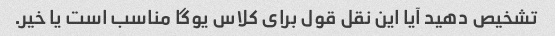
تشخیص دهید آیا این نقل قول برای کلاس یوگا مناسب است یا خیر.